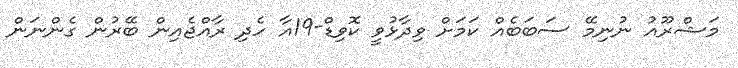
މަޝްރޫއު ނުނިމޭ ސަބަބެއް ކަމަށް ވިދާޅުވީ ކޮވިޑް-19އާ ހެދި ރާއްޖެއިން ބޭރުން ގެންނަން